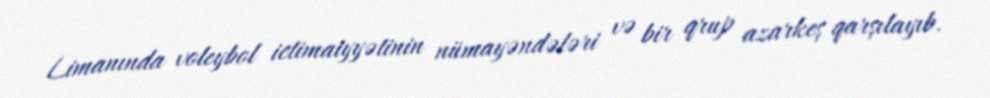
Limanında voleybol ictimaiyyətinin nümayəndələri və bir qrup azarkeş qarşılayıb.